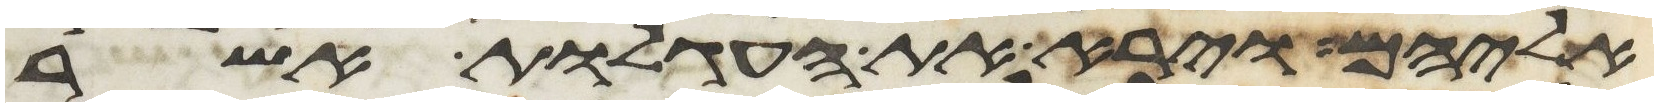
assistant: אליהם וירא את העגלות אשר